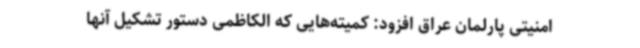
امنیتی پارلمان عراق افزود: کمیته‌هایی که الکاظمی دستور تشکیل آنها